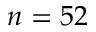
n = 5 2